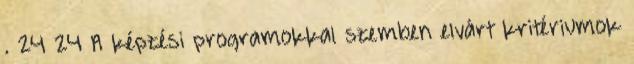
. 24 24 A képzési programokkal szemben elvárt kritériumok